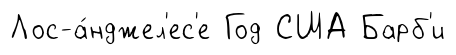
Лос-а́нджел'ес'е Год США Барб'и